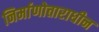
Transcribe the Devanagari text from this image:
निर्माणोत्ताराधीन